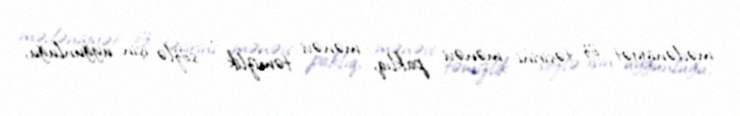
mədəniyyət öz təsirini mənəvi paklıq, mənəvi təmizlik , sözlə işin uyğunluğu,